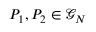
P _ { 1 } , P _ { 2 } \in \mathcal { G } _ { N }